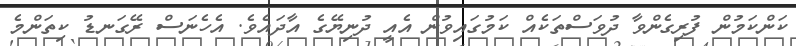
ކަންކަމުން ފުރިގެންވާ ދުވަސްތަކެއް ކަމުގައިވުން އެއީ ދުނިޔޭގެ އާދައެވެ. އެހެނަސް ރޭގަނޑު ކިތަންމެ